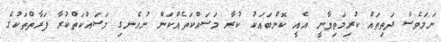
ނަމަވެސް ދަތިތައް ކުރިމަތިވާނީ އެއީ ކޮންބައަކު ކުރާ މަސައްކަތެއްކަން ނުއެނގި މަސައްކަތްކުރާ ފަރާތްތަކުގެ